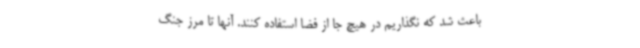
باعث شد که نگذاریم در هیچ جا از فضا استفاده کنند. آنها تا مرز جنگ